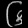
Digit: ၆